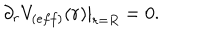
\partial _ { r } V _ { ( e f f ) } ( r ) | _ { r = R } = 0 .